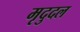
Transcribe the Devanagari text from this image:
मृदुदल